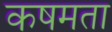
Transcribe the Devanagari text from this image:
कषमता